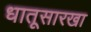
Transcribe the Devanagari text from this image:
धातूसारखा